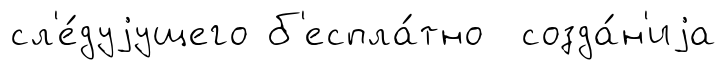
сл'е́дуjущего б'еспла́тно созда́н'иjа